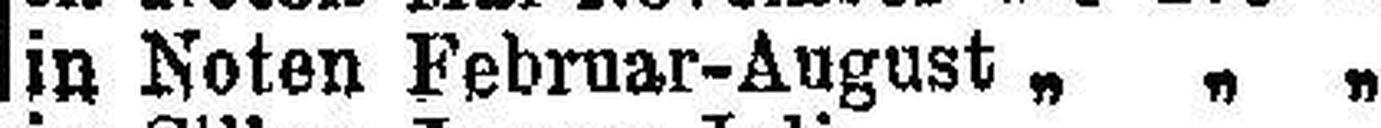
in Noten Februar-August „ „ „